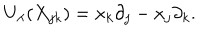
LaTeX: U _ { \lambda } ( X _ { j k } ) = x _ { k } \partial _ { j } - x _ { j } \partial _ { k } .